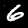
Digit: 6